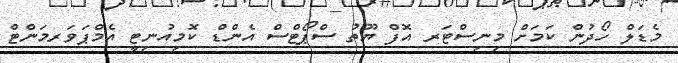
މެޑަލް ހޯދުން ކަމަށް މިނިސްޓަރ އޮފް ޔޫތު ސްޕޯޓްސް އެންޑް ކޮމިއުނިޓީ އެމްޕަވަރމަންޓް